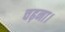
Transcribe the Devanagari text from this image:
चढ़ना।